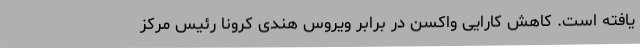
یافته است. کاهش کارایی واکسن در برابر ویروس هندی کرونا رئیس مرکز